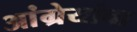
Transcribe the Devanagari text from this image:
आंग्रेयांचा